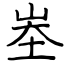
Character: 峚